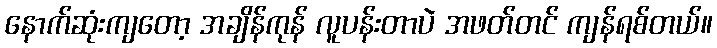
နောက်ဆုံးကျတော့ အချိန်ကုန် လူပန်းတာပဲ အဖတ်တင် ကျန်ရစ်တယ်။